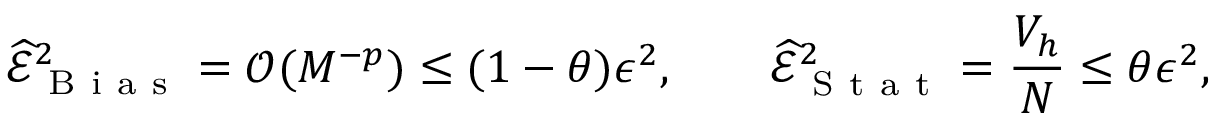
\widehat { \mathcal { E } } _ { \mathrm { ~ B ~ i ~ a ~ s ~ } } ^ { 2 } = \mathcal { O } ( M ^ { - p } ) \le ( 1 - \theta ) \epsilon ^ { 2 } , \qquad \widehat { \mathcal { E } } _ { \mathrm { ~ S ~ t ~ a ~ t ~ } } ^ { 2 } = \frac { V _ { h } } { N } \le \theta \epsilon ^ { 2 } ,